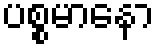
ပစ္စမာနော